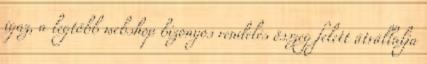
igaz, a legtöbb webshop bizonyos rendelés összeg felett átvállalja